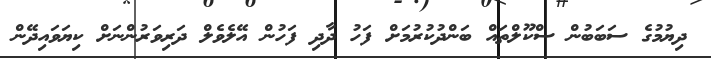
ދިޔުމުގެ ސަބަބުން ސްކޫލްތައް ބަންދުކުރުމަށް ފަހު ދާދި ފަހުން އޭލެވެލް ދަރިވަރުންނަށް ކިޔަވައިދޭން